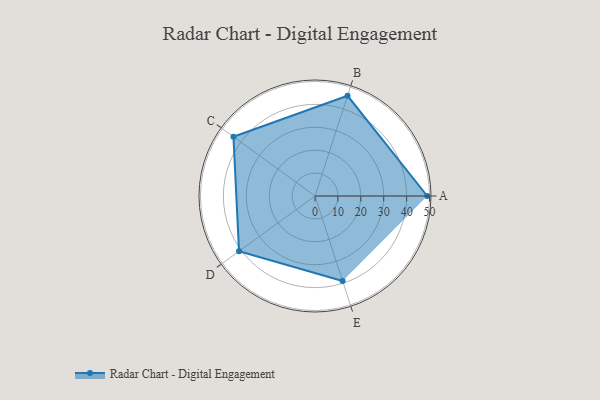
{"axis": {"x": "Skill", "y": "Score"}, "legend": ["Profile"], "data": [{"x": "A", "y": 49.0, "type": "Profile"}, {"x": "B", "y": 46.0, "type": "Profile"}, {"x": "C", "y": 44.0, "type": "Profile"}, {"x": "D", "y": 41.0, "type": "Profile"}, {"x": "E", "y": 39.0, "type": "Profile"}]}